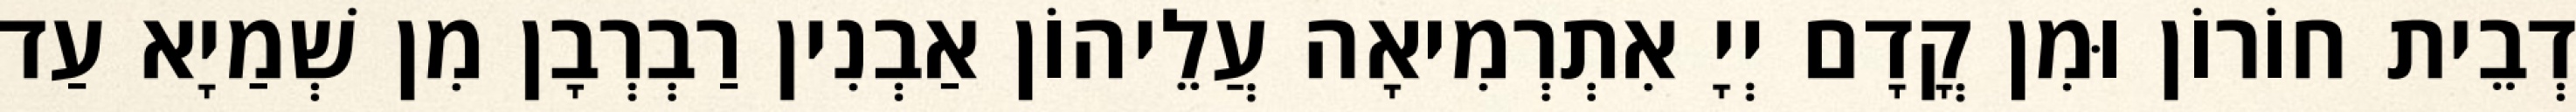
דְבֵית חוֹרוֹן וּמִן קֳדָם יְיָ אִתְרְמִיאָה עֲלֵיהוֹן אַבְנִין רַבְרְבָן מִן שְׁמַיָא עַד